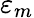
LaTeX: \varepsilon_{m}